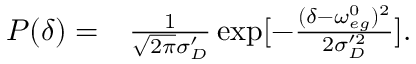
\begin{array} { r l } { P ( \delta ) = } & { { } \frac { 1 } { \sqrt { 2 \pi } \sigma _ { D } ^ { \prime } } \exp [ - \frac { ( \delta - \omega _ { e g } ^ { 0 } ) ^ { 2 } } { 2 \sigma _ { D } ^ { \prime 2 } } ] . } \end{array}